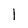
Character: l